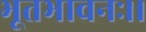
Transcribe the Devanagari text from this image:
भूतभावनः।।